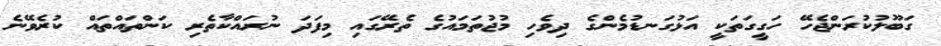
ގަބޫލުކުރަންޖެހޭ ހަގީގަތަކީ އަޅުގަނޑުމެންގެ ދިވެހި މުޖުތަމައުގެ ތެރޭގައި މިފަދަ ނުރައްކާތެރި ކަންތައްތައް ކުރެވޭނެ